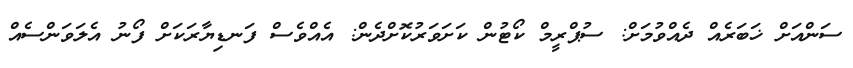
ސަންއަށް ޚަބަރެއް ދެއްވުމަށް: ސުޕްރީމް ކޯޓުން ކަށަވަރުކޮށްދެން: އެއްވެސް ފަނޑިޔާރަކަށް ފޯނު އެލަވަންސެއް